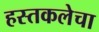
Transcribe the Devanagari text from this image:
हस्तकलेचा